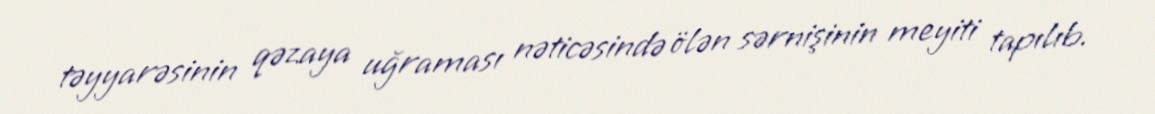
təyyarəsinin qəzaya uğraması nəticəsində ölən sərnişinin meyiti tapılıb.